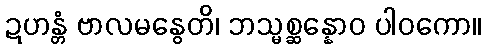
ဍဟန္တံ ဗာလမနွေတိ၊ ဘသ္မစ္ဆန္နောဝ ပါဝကော။